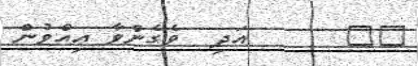
١٧      އަދި  ވެގެންވާ އިއްވުން